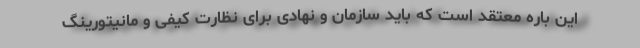
این باره معتقد است که باید سازمان و نهادی برای نظارت کیفی و مانیتورینگ